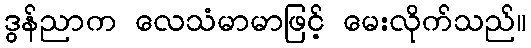
ဒွန်ညာက လေသံမာမာဖြင့် မေးလိုက်သည်။